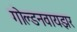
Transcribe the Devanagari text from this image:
गोल्डनवायझर